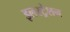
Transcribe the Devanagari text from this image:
इलस्ट्रेशन